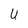
Character: U